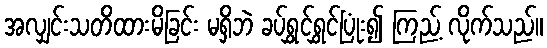
အလျှင်းသတိထားမိခြင်း မရှိဘဲ ခပ်ရွှင်ရွှင်ပြုံး၍ ကြည့် လိုက်သည်။